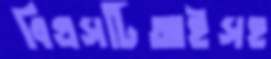
বিএসটিআইসহ